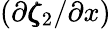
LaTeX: (\partial\pmb{\zeta}_{2}/\partial x)